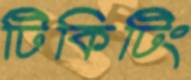
টিকিটিং